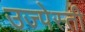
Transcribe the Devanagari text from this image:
उज्पेस्ती